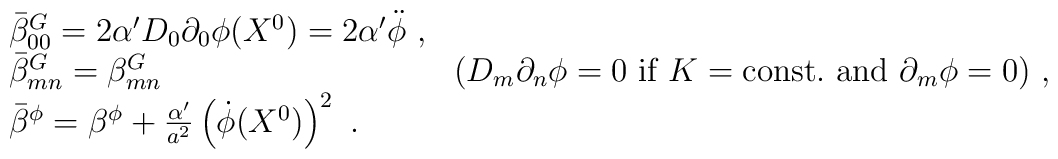
\begin{array}{lr}  \bar{\beta}^{G}_{00} = 2 \alpha' D_0 \partial_0 \phi(X^0) = 2 \alpha'                       \ddot{\phi} \ , & \\  \bar{\beta}^{G}_{mn} = \beta^{G}_{mn}  & (D_m \partial_n \phi = 0 \                \mbox{if}\  K = \mbox{const.\ and}\  \partial_m \phi = 0) \ ,\\  \bar{\beta}^{\phi} = \beta^{\phi} + \frac{\alpha'}{a^2}  \left( \dot{\phi}(X^0) \right)^2 \ . & \end{array}